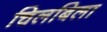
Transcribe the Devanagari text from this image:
चिलबिला